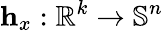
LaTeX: \mathbf{h}_{x}:\mathbb{R}^{k}\rightarrow\mathbb{S}^{n}